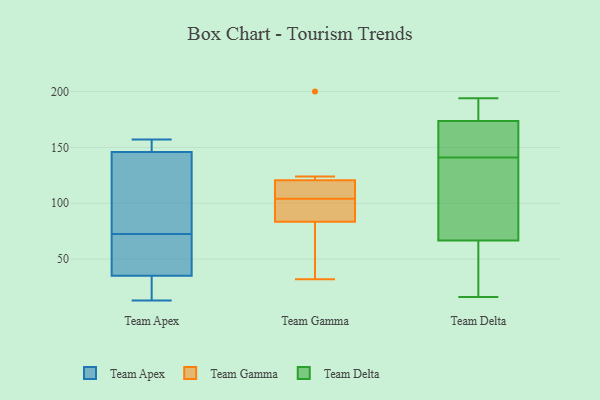
{"axis": {"x": "Customer Acquisition Cost (USD)", "y": "Value"}, "legend": ["Team Apex", "Team Delta", "Team Gamma"], "data": [{"x": "", "y": 157, "type": "Team Apex"}, {"x": "", "y": 146, "type": "Team Apex"}, {"x": "", "y": 35, "type": "Team Apex"}, {"x": "", "y": 13, "type": "Team Apex"}, {"x": "", "y": 74, "type": "Team Apex"}, {"x": "", "y": 126, "type": "Team Apex"}, {"x": "", "y": 71, "type": "Team Apex"}, {"x": "", "y": 15, "type": "Team Apex"}, {"x": "", "y": 153, "type": "Team Apex"}, {"x": "", "y": 52, "type": "Team Apex"}, {"x": "", "y": 107, "type": "Team Gamma"}, {"x": "", "y": 104, "type": "Team Gamma"}, {"x": "", "y": 200, "type": "Team Gamma"}, {"x": "", "y": 65, "type": "Team Gamma"}, {"x": "", "y": 32, "type": "Team Gamma"}, {"x": "", "y": 93, "type": "Team Gamma"}, {"x": "", "y": 88, "type": "Team Gamma"}, {"x": "", "y": 119, "type": "Team Gamma"}, {"x": "", "y": 82, "type": "Team Gamma"}, {"x": "", "y": 121, "type": "Team Gamma"}, {"x": "", "y": 124, "type": "Team Gamma"}, {"x": "", "y": 19, "type": "Team Delta"}, {"x": "", "y": 179, "type": "Team Delta"}, {"x": "", "y": 16, "type": "Team Delta"}, {"x": "", "y": 142, "type": "Team Delta"}, {"x": "", "y": 188, "type": "Team Delta"}, {"x": "", "y": 141, "type": "Team Delta"}, {"x": "", "y": 172, "type": "Team Delta"}, {"x": "", "y": 154, "type": "Team Delta"}, {"x": "", "y": 27, "type": "Team Delta"}, {"x": "", "y": 80, "type": "Team Delta"}, {"x": "", "y": 194, "type": "Team Delta"}, {"x": "", "y": 103, "type": "Team Delta"}, {"x": "", "y": 102, "type": "Team Delta"}]}